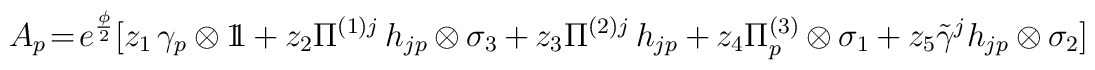
A_{p} \! = \! e^{\frac{\phi}{2}}[z_1 \, \gamma_{p} \otimes 1 \! \! 1 + z_{2} \Pi^{(1) j} \, h_{jp} \otimes \sigma_{3} + z_3 \Pi^{(2) j} \, h_{jp} + z_4 \Pi^{(3)}_{p} \otimes \sigma_1 + z_5 {\tilde \gamma}^{j} h_{jp} \otimes \sigma_2]